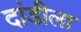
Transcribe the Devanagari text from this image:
दांडीला